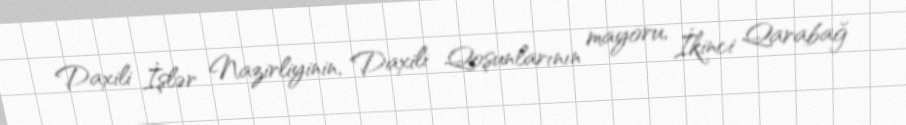
Daxili İşlər Nazirliyinin, Daxili Qoşunlarının mayoru, İkinci Qarabağ